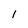
Character: I